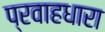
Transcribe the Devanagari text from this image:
प्रवाहधारा